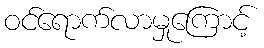
ဝင်ရောက်လာမှုကြောင့်